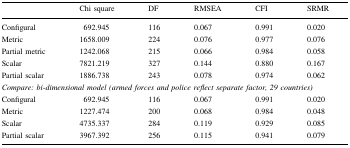
|  | Chi square | DF | RMSEA | CFI | SRMR |
 | --- | --- | --- | --- | --- | --- |
 | Configural | 692.945 | 116 | 0.067 | 0.991 | 0.020 |
 | Metric | 1658.009 | 224 | 0.076 | 0.977 | 0.076 |
 | Partial metric | 1242.068 | 215 | 0.066 | 0.984 | 0.058 |
 | Scalar | 7821.219 | 327 | 0.144 | 0.880 | 0.167 |
 | Partial scalar | 1886.738 | 243 | 0.078 | 0.974 | 0.062 |
 | <COLSPAN=6> Compare: bi-dimensional model (armed forces and police reflect separate factor, 29 countries) |
 | Configural | 692.945 | 116 | 0.067 | 0.991 | 0.020 |
 | Metric | 1227.474 | 200 | 0.068 | 0.984 | 0.048 |
 | Scalar | 4735.337 | 284 | 0.119 | 0.929 | 0.085 |
 | Partial scalar | 3967.392 | 256 | 0.115 | 0.941 | 0.079 |